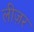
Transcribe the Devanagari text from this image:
लीज़र